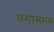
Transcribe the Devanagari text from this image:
यशासंख्य